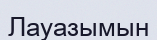
Лауазымын